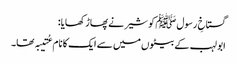
گستاخِ رسول ﷺ کو شیر نے پھاڑ کھایا:
ابو لہب کے بیٹوں میں سے ایک کا نام عُتیبہ تھا۔